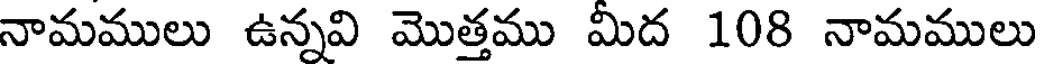
నామములు ఉన్నవి మొత్తము మిద 108 నామములు